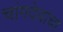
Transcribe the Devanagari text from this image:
चांगदेवांचा